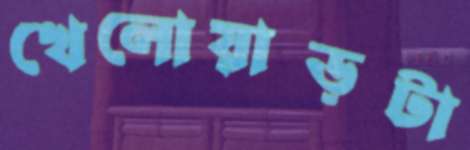
খেলোয়াড়টা